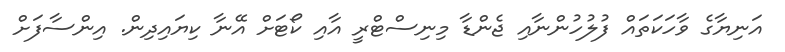
އަނިޔާގެ ވާހަކަތައް ފުލުހުންނާއި ޖެންޑާ މިނިސްޓްރީ އާއި ކޯޓަށް އޭނާ ކިޔައިދިން. އިންސާފަށް